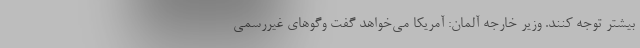
بیشتر توجه کنند. وزیر خارجه آلمان: آمریکا می‌خواهد گفت ‌وگوهای غیررسمی